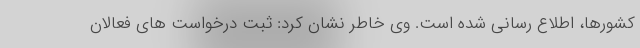
کشورها، اطلاع رسانی شده است. وی خاطر نشان کرد: ثبت درخواست های فعالان